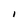
Character: l